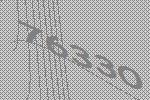
76330